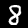
Digit: 8